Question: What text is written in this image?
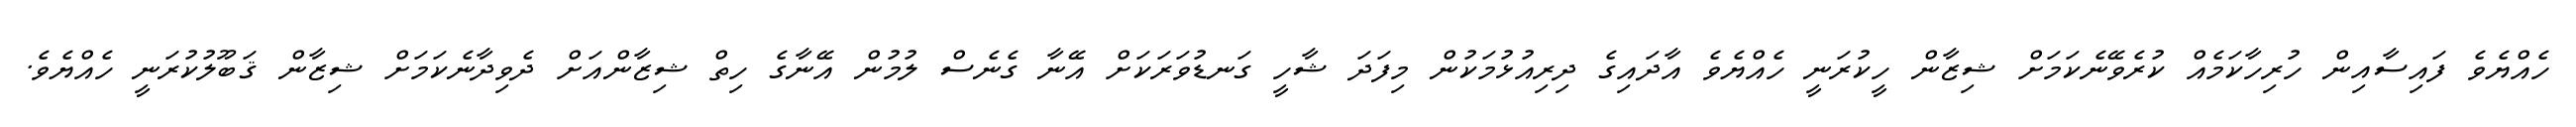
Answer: ހެއްޔެވެ ފައިސާއިން ހުރިހާކަމެއް ކުރެވޭނެކަމަށް ޝިޒާން ހީކުރަނީ ހެއްޔެވެ އާދައިގެ ދިރިއުޅުމަކުން މިފަދަ ޝާހީ ގަނޑުވަރަކަށް އޭނާ ގެނެސް ލުމުން އޭނާގެ ހިތް ޝިޒާންއަށް ދެވިދާނެކަމަށް ޝިޒާން ޤަބޫލުކުރަނީ ހެއްޔެވެ.